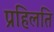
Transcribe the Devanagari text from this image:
प्रहिलति